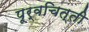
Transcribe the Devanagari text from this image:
पूर्वचित्ती